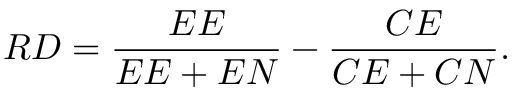
R D = { \frac { E E } { E E + E N } } - { \frac { C E } { C E + C N } } .